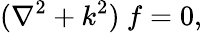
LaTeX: (\nabla^{2}+k^{2})~f=0,